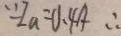
\because I a = 0 . 4 A \therefore